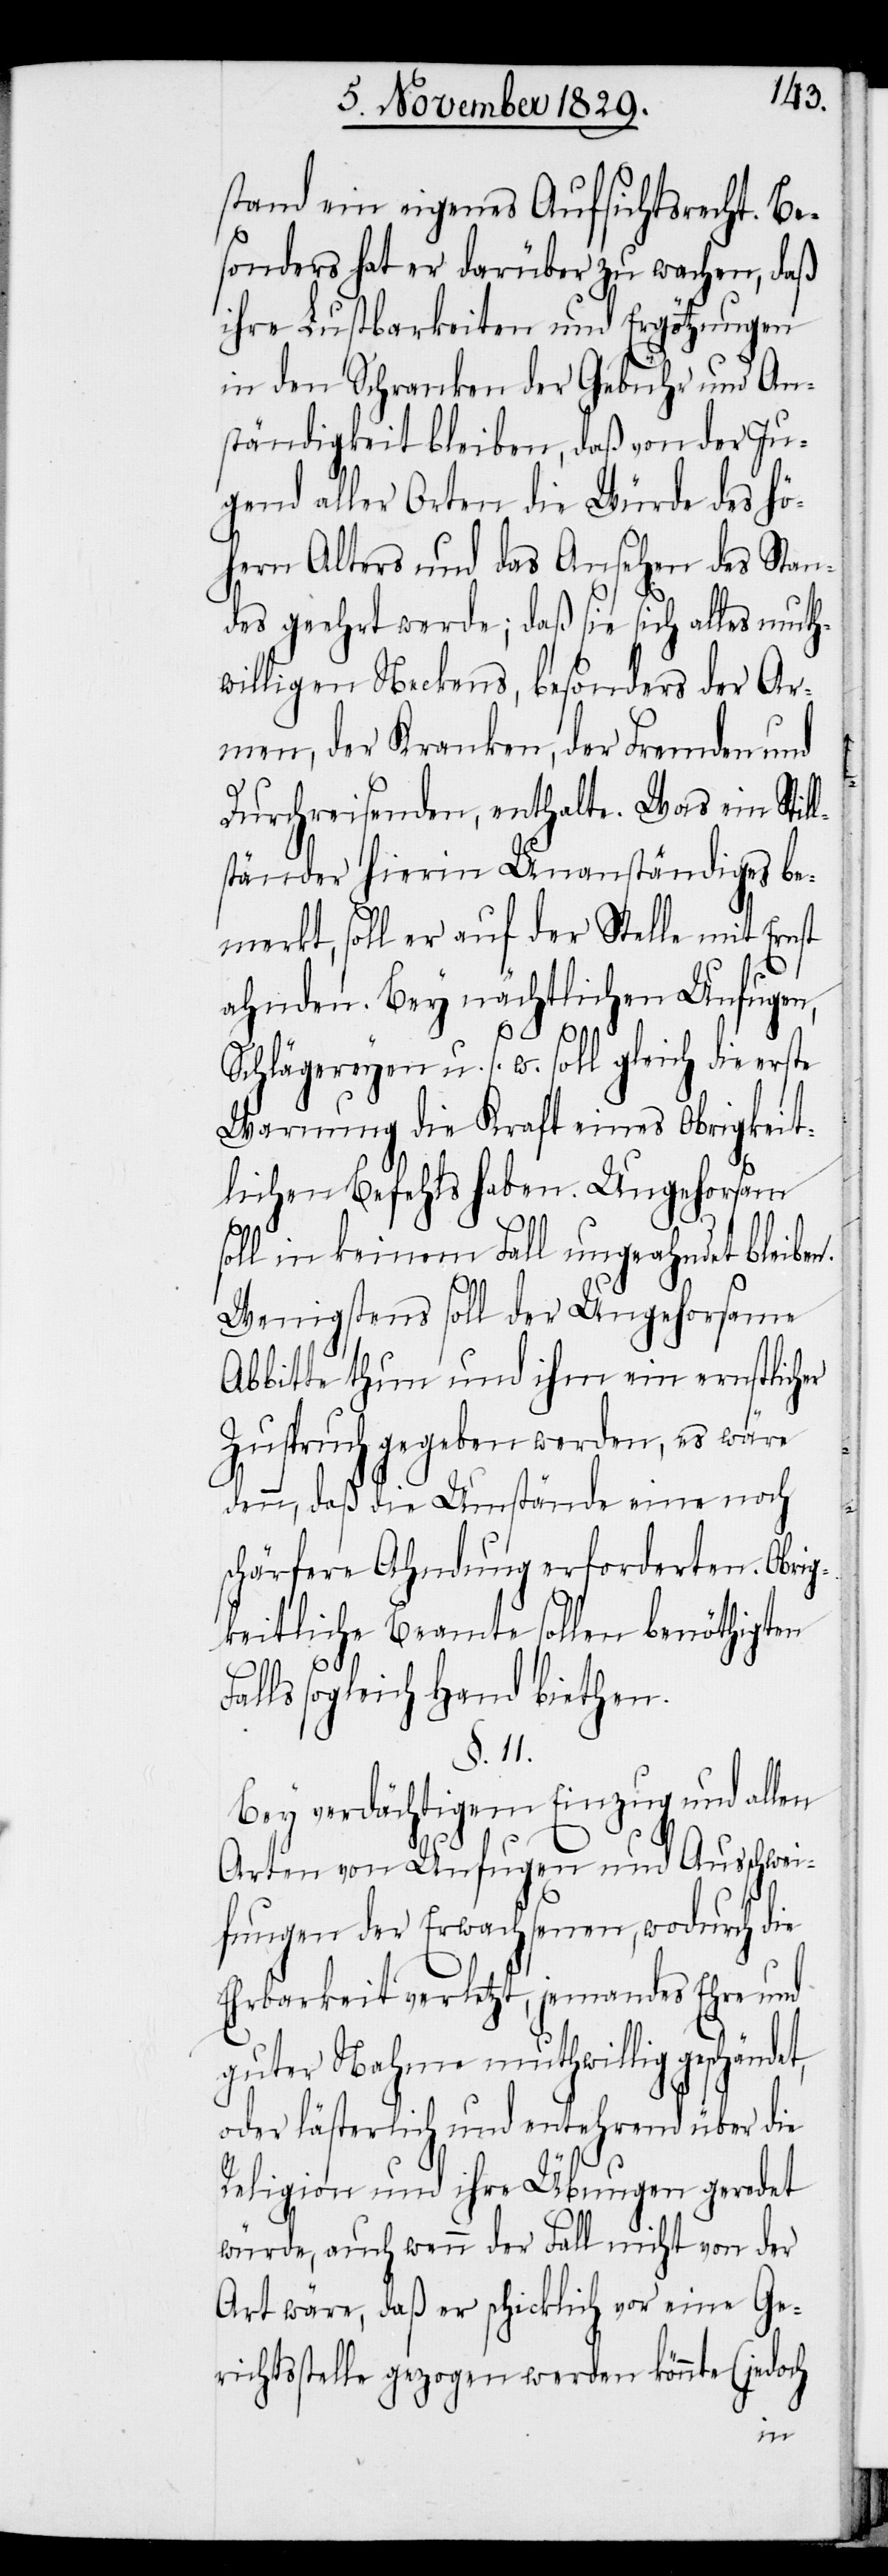
stand ein eigenes Aufsichtsrecht. Be¬
sonders hat er darüber zu wachen, daß
ihre Lustbarkeiten und Ergötzungen
in den Schranken der Gebühr und An¬
ständigkeit bleiben, daß von der Ju¬
gend aller Orten die Würde des hö¬
hern Alters und das Ansehen des Stan¬
des geehrt werde, daß sie sich alles muth¬
willigen Neckens, besonders der Ar¬
men, der Kranken, der Fremden und
Durchreisenden, enthalte. Was ein Stil¬
ständer hierin Unanständiges be¬
merkt, soll er auf der Stelle mit Ernst
ahnden. Bey nächtlichen Unfugen,
Schlägereyen u. s .w soll gleich die erste
Warnung die Kraft eines Obrigkeit¬
lichen Befehls haben. Ungehorsam
soll in keinem Fall ungeahndet bleiben.
Wenigstens soll der Ungehorsame
Abbitte thun und ihm ein ernstlicher
Zuspruch gegeben werden, es wäre
denn, daß die Umstände eine noch
schärfere Ahndung erforderten. Obrig¬
keitliche Beamte sollen benöthigten
F¬
alls sogleich Hand biethen.
§. 11.
Bey verdächtigem Einzug und allen
Arten von Unfugen und Ausschwei¬
fungen der Erwachsenen, wodurch die
Ehrbarkeit verletzt, jemandes Ehre und
guter Nahme muthwillig geschänd¬
oder lästerlich und entehrend über die
Religion und ihre Übungen geredet
würde, auch wenn der Fall nicht von der
Art wäre, daß er schicklich vor eine Ge¬
richtsstelle gezogen werden könnte (jedoch
et,